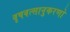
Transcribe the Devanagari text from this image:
वृषवत्सानुकरणो